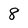
Character: 8